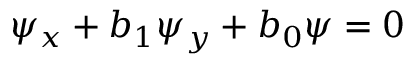
\psi _ { x } + b _ { 1 } \psi _ { y } + b _ { 0 } \psi = 0